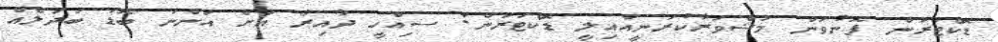
ޑޮކްޓަރުން ފޮނުވަން މަޝްވަރާކުރަނީއާއިލީ ޑޮކްޓަރުން: ސިއްހީ ދާއިރާ އަށް އަންނަ ބޮޑު ބަދަލެއް